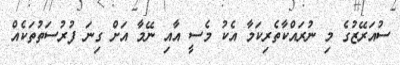
ސުއަރޭޒުގެ މި ނުރައްކާތެރިކަމާ އެކު މެސީ އާއި ނޭމާ އަށް ގިނަ ފުރުސަތުތަކެއް